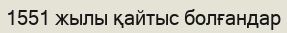
1551 жылы қайтыс болғандар